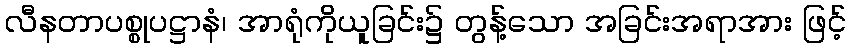
လီနတာပစ္စုပဋ္ဌာနံ၊ အာရုံကိုယူခြင်း၌ တွန့်သော အခြင်းအရာအား ဖြင့်